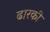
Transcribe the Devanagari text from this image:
ढारकी